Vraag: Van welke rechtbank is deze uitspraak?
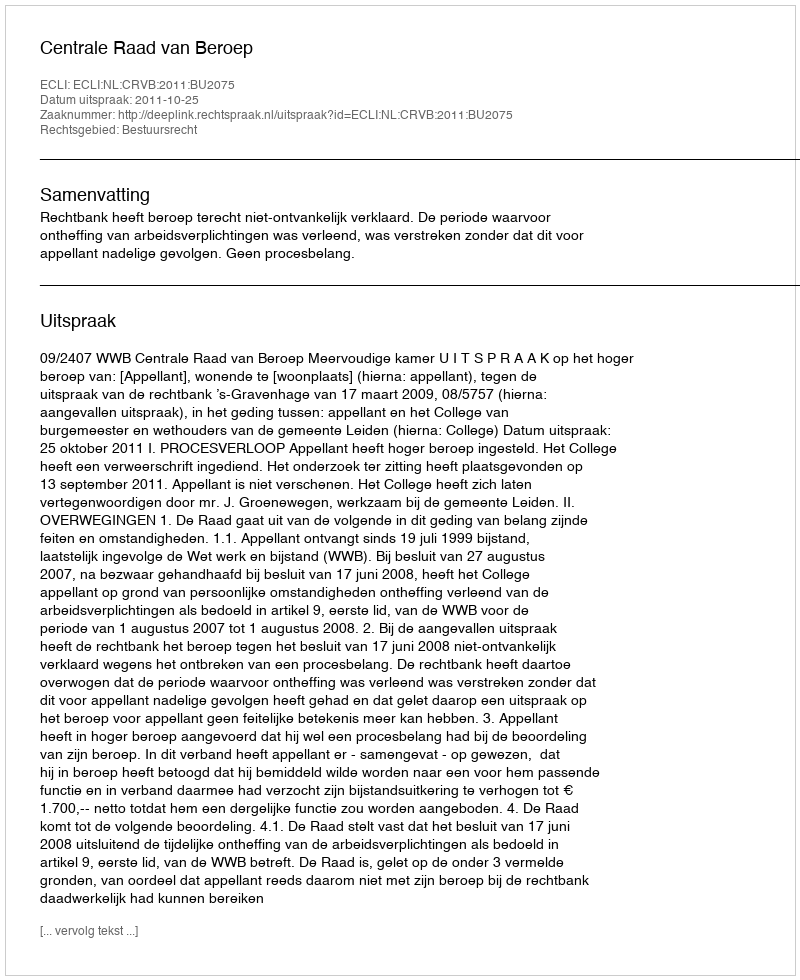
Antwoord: Centrale Raad van Beroep